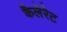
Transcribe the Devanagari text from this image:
कैलेरेट